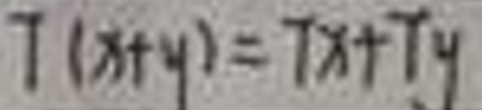
$T ( x + y ) = T x + T y$